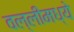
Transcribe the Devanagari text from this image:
वल्लीमध्ये